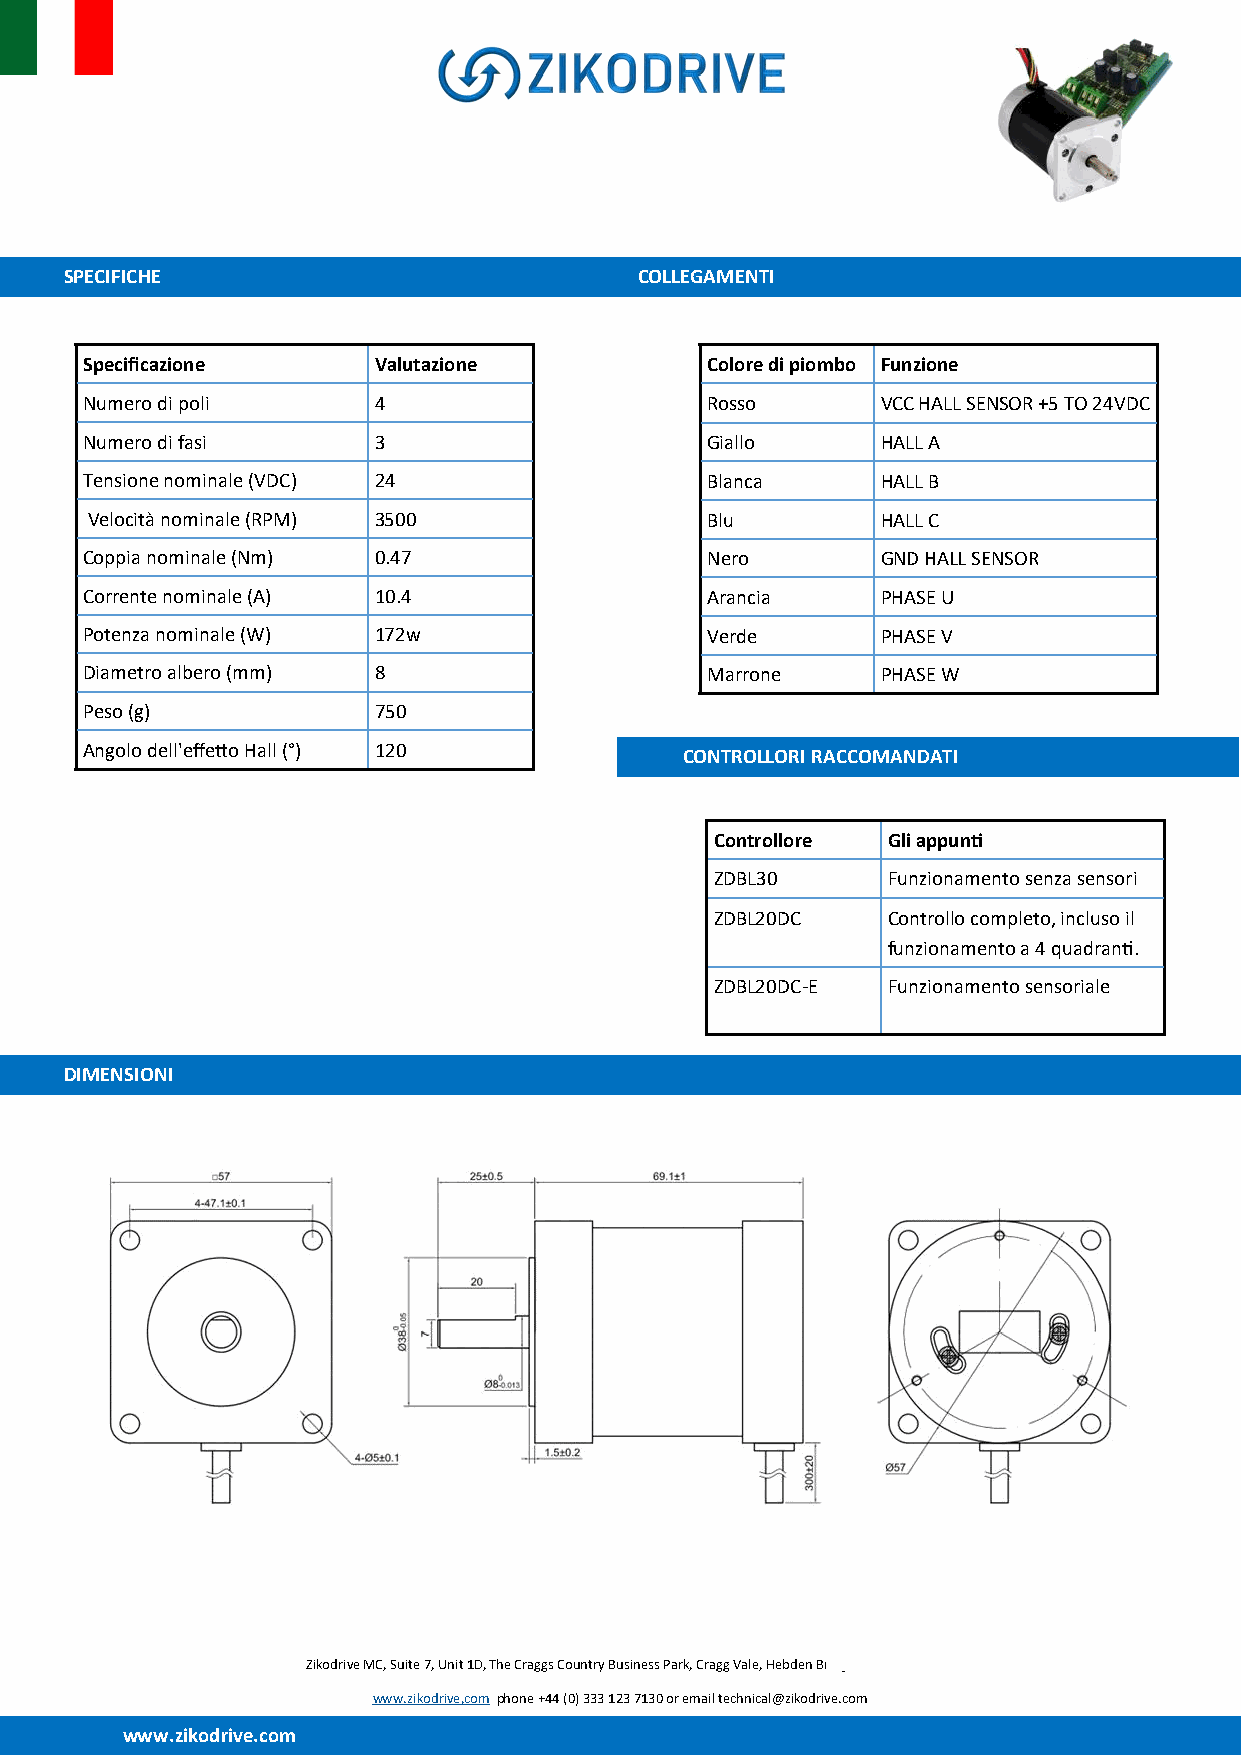
SPECIFICHE                            COLLEGAMENTI
 Specificazione      Valutazione           Colore di piombo Funzione
 Numero di poli      4                     Rosso      VCC HALL SENSOR +5 TO 24VDC
 Numero di fasi      3                     Giallo     HALL A
 Tensione nominale (VDC) 24                Blanca     HALL B
 Velocità nominale (RPM) 3500             Blu        HALL C
 Coppia nominale (Nm) 0.47                 Nero       GND HALL SENSOR
 Corrente nominale (A) 10.4                Arancia    PHASE U
 Potenza nominale (W) 172w                 Verde      PHASE V
 Diametro albero (mm) 8                    Marrone    PHASE W
 Peso (g)            750
 Angolo dell'effetto Hall (°) 120
 CONTROLLORI RACCOMANDATI
 Controllore Gli appunti
 ZDBL30      Funzionamento senza sensori
 ZDBL20DC    Controllo completo, incluso il
 funzionamento a 4 quadranti.
 ZDBL20DC-E  Funzionamento sensoriale
 DIMENSIONI
 Zikodrive MC, Suite 7, Unit 1D, The Craggs Country Business Park, Cragg Vale, Hebden Bridge, UK, HX7 5TT
 www.zikodrive,com phone +44 (0) 333 123 7130 or email technical@zikodrive.com
 www.zikodrive.com